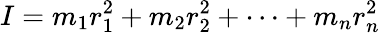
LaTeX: I=m_{1}r_{1}^{2}+m_{2}r_{2}^{2}+\cdots+m_{n}r_{n}^{2}